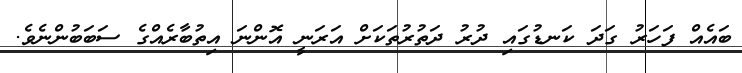
ބައެއް ފަހަރު ގަދަ ކަނޑުގައި ދުރު ދަތުރުތަކަށް އަރަނީ އޮންނަ އިތުބާރެއްގެ ސަބަބުންނެވެ.